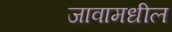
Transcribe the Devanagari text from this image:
जावामधील